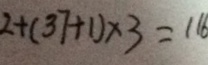
2 + ( 3 7 + 1 ) \times 3 = 1 1 6